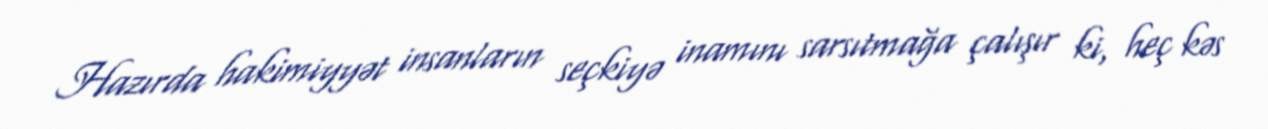
Hazırda hakimiyyət insanların seçkiyə inamını sarsıtmağa çalışır ki, heç kəs